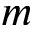
m